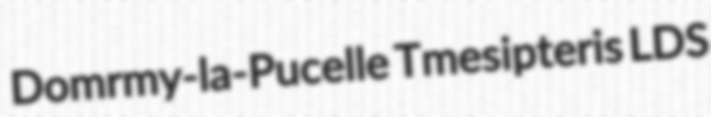
Domrmy-la-Pucelle Tmesipteris LDS